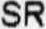
SR